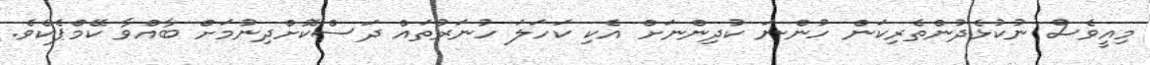
މިއީވެސް ނުކުޅެދުންތެރިކަން ހުންނަ ކުދިންނަށް އެކި ކަހަލަ ހުނަރުތައް ދަސްކޮށްދިނުމަށް ބާއްވާ ކޭމްޕެކެވެ.